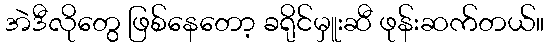
အဲဒီလိုတွေ ဖြစ်နေတော့ ခရိုင်မှူးဆီ ဖုန်းဆက်တယ်။